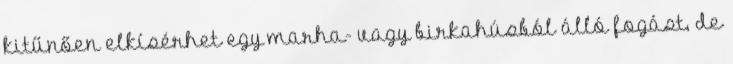
kitűnően elkísérhet egy marha- vagy birkahúsból álló fogást, de